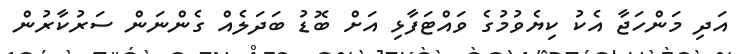
އަދި މަންހަޖާ އެކު ކިޔެވުމުގެ ވައްޓަފާޅި އަށް ބޮޑު ބަދަލެއް ގެންނަން ސަރުކާރުން